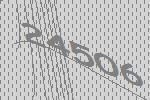
24506